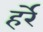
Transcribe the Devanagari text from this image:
हर्रे